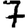
Digit: 7